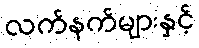
လက်နက်များနှင့်